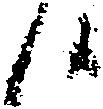
候